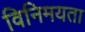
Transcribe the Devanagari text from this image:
विनिमयता